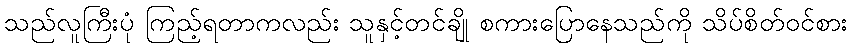
သည်လူကြီးပုံ ကြည့်ရတာကလည်း သူနှင့်တင်ချို စကားပြောနေသည်ကို သိပ်စိတ်ဝင်စား